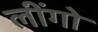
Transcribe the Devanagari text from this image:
लींगो